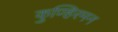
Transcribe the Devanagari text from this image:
कुण्हिरमन